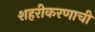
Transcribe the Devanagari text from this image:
शहरीकरणाची